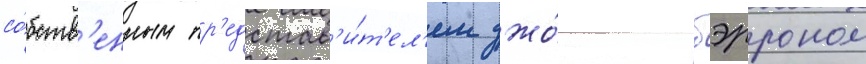
со́бств'енным пр'едстав'и́т'ел'ем джо́ном бэрроном